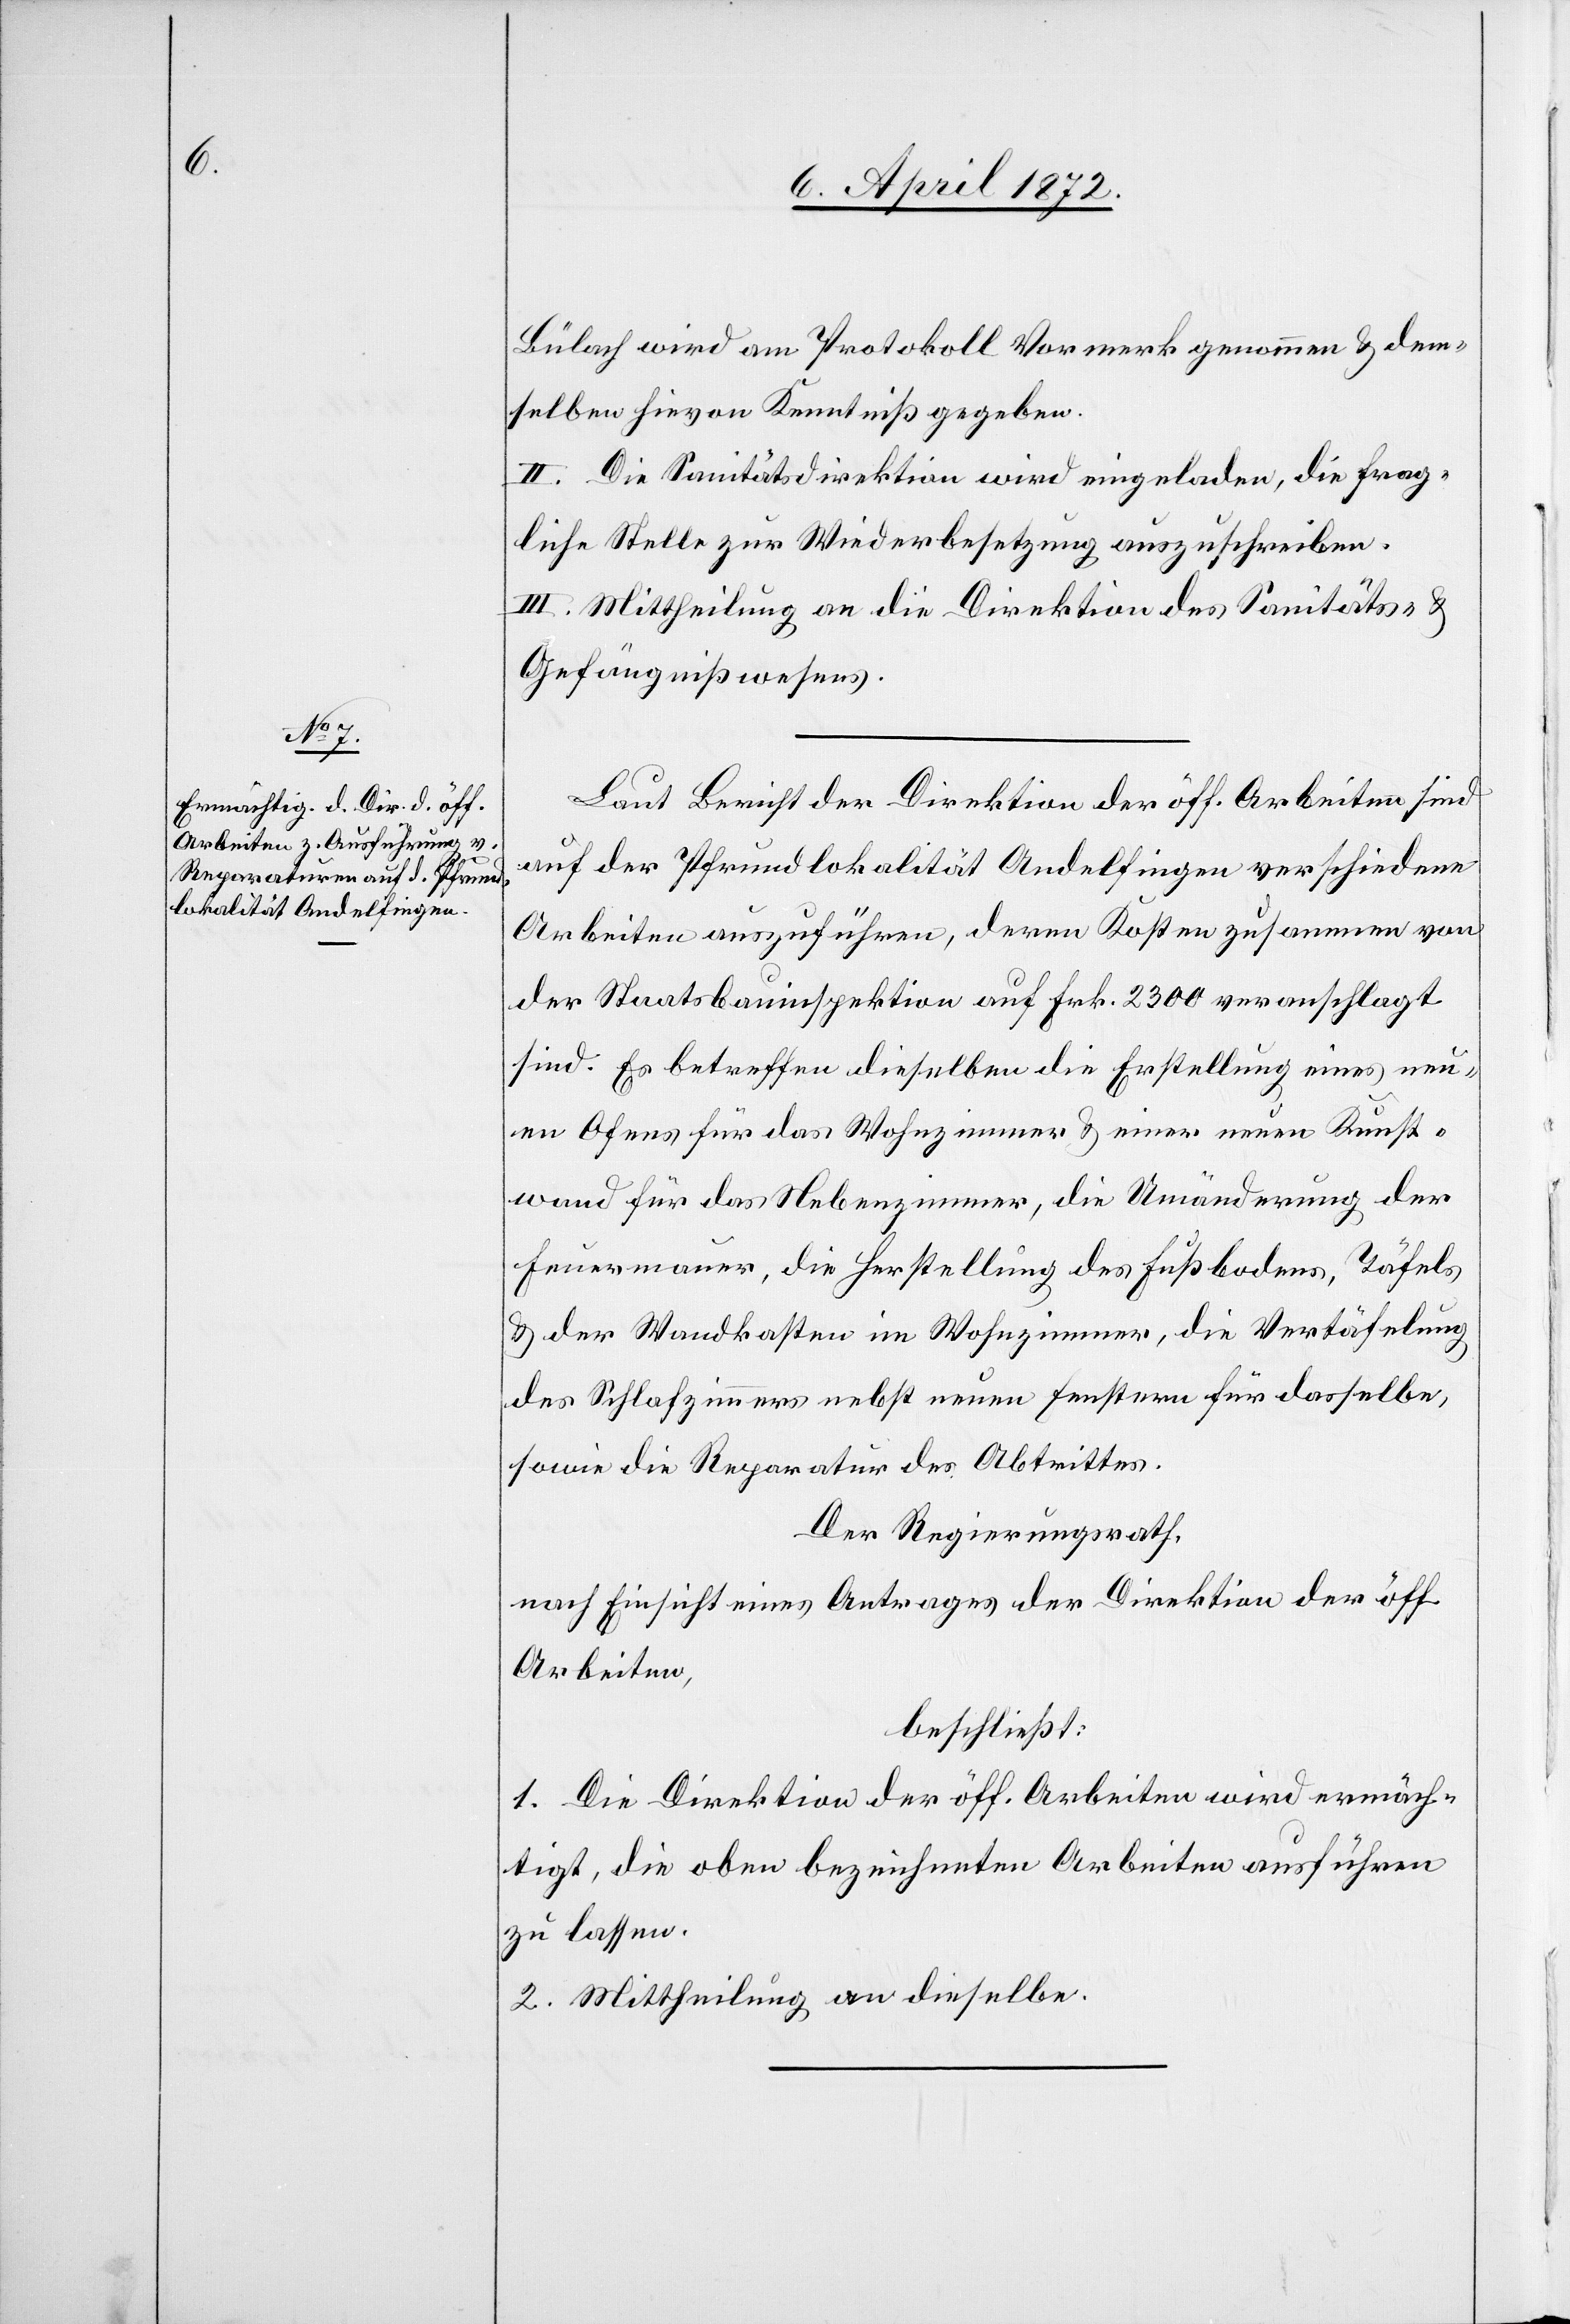
Bülach wird am Protokoll Vormerk genommen u. dem¬
selben hievon Kenntniß gegeben.
II. Die Sanitätsdirektion wird eingeladen, die frag¬
liche Stelle zur Wiederbesetzung auszuschreiben.
III. Mittheilung an die Direktion des Sanitäts- u.
Gefängnißwesens.
Laut Bericht der Direktion der öff. Arbeiten sind
auf der Pfrundlokalität Andelfingen verschiedene
Arbeiten auszuführen, deren Kosten zusammen von
der Staatsbauinspektion auf Frk. 2300 veranschlagt
sind. Es betreffen dieselben die Erstellung eines neu¬
en Ofens für das Wohnzimmer u. einer neuen Kunst¬
wand für das Nebenzimmer, die Umänderung der
Feuermauer, die Herstellung des Fußbodens, Täfels
u. der Wandkasten im Wohnzimmer, die Vertäfelung
des Schlafzimmers nebst neuen Fenstern für dasselbe,
sowie die Reparatur des Abtrittes.
Der Regierungsrath,
nach Einsicht eines Antrages der Direktion der öff.
Arbeiten,
beschließt:
1. Die Direktion der öff. Arbeiten wird ermäch¬
tigt, die oben bezeichneten Arbeiten ausführen
zu lassen.
2. Mittheilung an dieselbe.